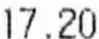
17.20